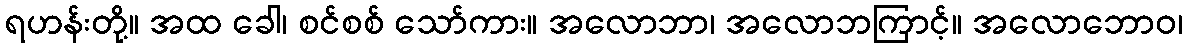
ရဟန်းတို့။ အထ ခေါ၊ စင်စစ် သော်ကား။ အလောဘာ၊ အလောဘကြာင့်။ အလောဘောဝ၊